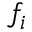
f _ { i }